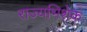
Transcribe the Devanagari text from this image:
राज्यभिशेक